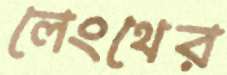
লেংথের